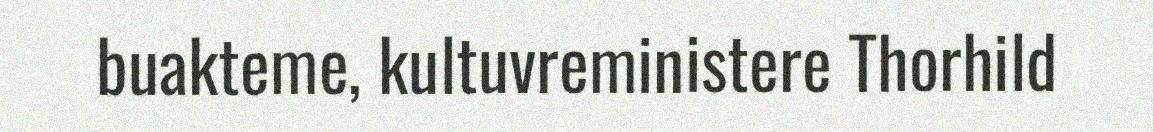
buakteme, kultuvreministere Thorhild